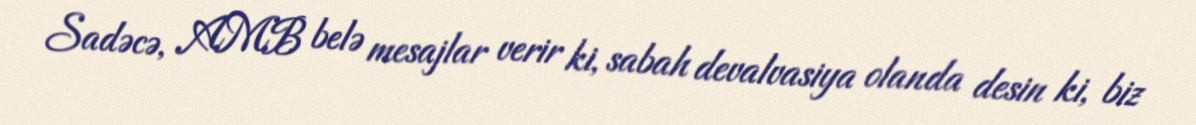
Sadəcə, AMB belə mesajlar verir ki, sabah devalvasiya olanda desin ki, biz